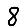
Digit: 8